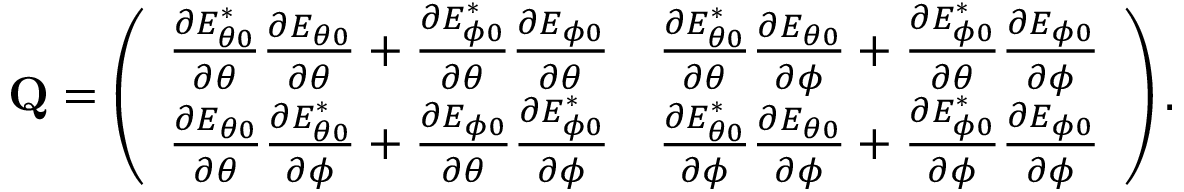
\mathbf { Q } = \left( \begin{array} { l l } { \frac { \partial E _ { \theta 0 } ^ { * } } { \partial \theta } \frac { \partial E _ { \theta 0 } } { \partial \theta } + \frac { \partial E _ { \phi 0 } ^ { * } } { \partial \theta } \frac { \partial E _ { \phi 0 } } { \partial \theta } } & { \frac { \partial E _ { \theta 0 } ^ { * } } { \partial \theta } \frac { \partial E _ { \theta 0 } } { \partial \phi } + \frac { \partial E _ { \phi 0 } ^ { * } } { \partial \theta } \frac { \partial E _ { \phi 0 } } { \partial \phi } } \\ { \frac { \partial E _ { \theta 0 } } { \partial \theta } \frac { \partial E _ { \theta 0 } ^ { * } } { \partial \phi } + \frac { \partial E _ { \phi 0 } } { \partial \theta } \frac { \partial E _ { \phi 0 } ^ { * } } { \partial \phi } } & { \frac { \partial E _ { \theta 0 } ^ { * } } { \partial \phi } \frac { \partial E _ { \theta 0 } } { \partial \phi } + \frac { \partial E _ { \phi 0 } ^ { * } } { \partial \phi } \frac { \partial E _ { \phi 0 } } { \partial \phi } } \end{array} \right) .